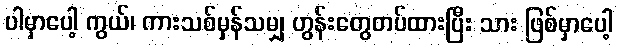
ပါမှာပေါ့ ကွယ်၊ ကားသစ်မှန်သမျှ ဟွန်းတွေတပ်ထားပြီး သား ဖြစ်မှာပေါ့